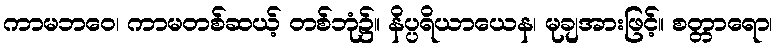
ကာမဘဝေ၊ ကာမတစ်ဆယ့် တစ်ဘုံ၌။ နိပ္ပရိယာယေန၊ မုချအားဖြင့်။ စတ္တာရော၊